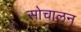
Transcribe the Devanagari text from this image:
सोचालन